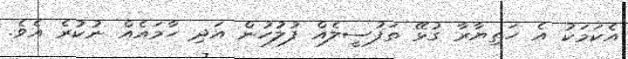
އެކަމަކު އެ ހަތިޔާރާ ގުޅޭ ތަފުސީލެއް ފުލުހުން އަދި ހާމައެއް ނުކުރެ އެވެ.